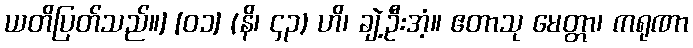
ယတိပြတ်သည်။] [၀၁] (နိ၊ ၄၃) ဟိ၊ ချဲ့ဦးအံ့။ ဧတာသု မေတ္တာ၊ ကရုဏာ